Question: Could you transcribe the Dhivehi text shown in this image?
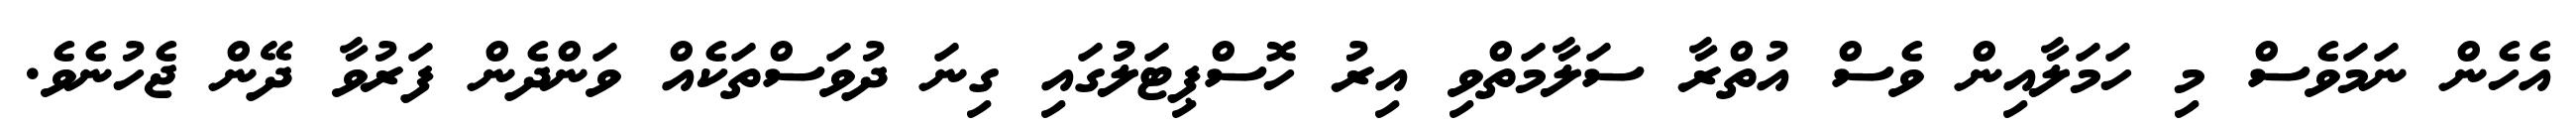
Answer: އެހެން ނަމަވެސް މި ހަމަލާއިން ވެސް އުތްރާ ސަލާމަތްވި އިރު ހޮސްޕިޓަލުުގައި ގިނަ ދުވަސްތަކެއް ވަންދެން ފަރުވާ ދޭން ޖެހުނެވެ.